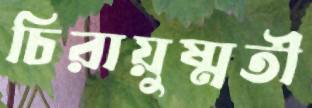
চিরায়ুষ্মতী